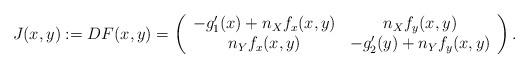
LaTeX: \begin{align*}J(x,y):=DF(x,y) = \left(\begin{array}{cc}-g_1'(x)+n_X f_x(x,y)&n_X f_y(x,y)\\n_Y f_x(x,y)&-g_2'(y)+n_Y f_y(x,y)\end{array}\right).\end{align*}